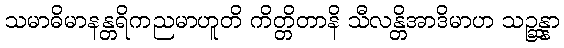
သမာဓိမာနန္တရိကညမာဟူတိ ကိတ္တိတာနိ သီလန္တိအာဒိမာဟ သဉ္ဆန္နာ